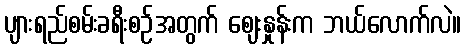
ပျားရည်စမ်းခရီးစဉ်အတွက် ဈေးနှုန်းက ဘယ်လောက်လဲ။